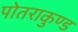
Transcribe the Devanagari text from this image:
पोतराकुण्ड